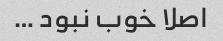
اصلا خوب نبود …